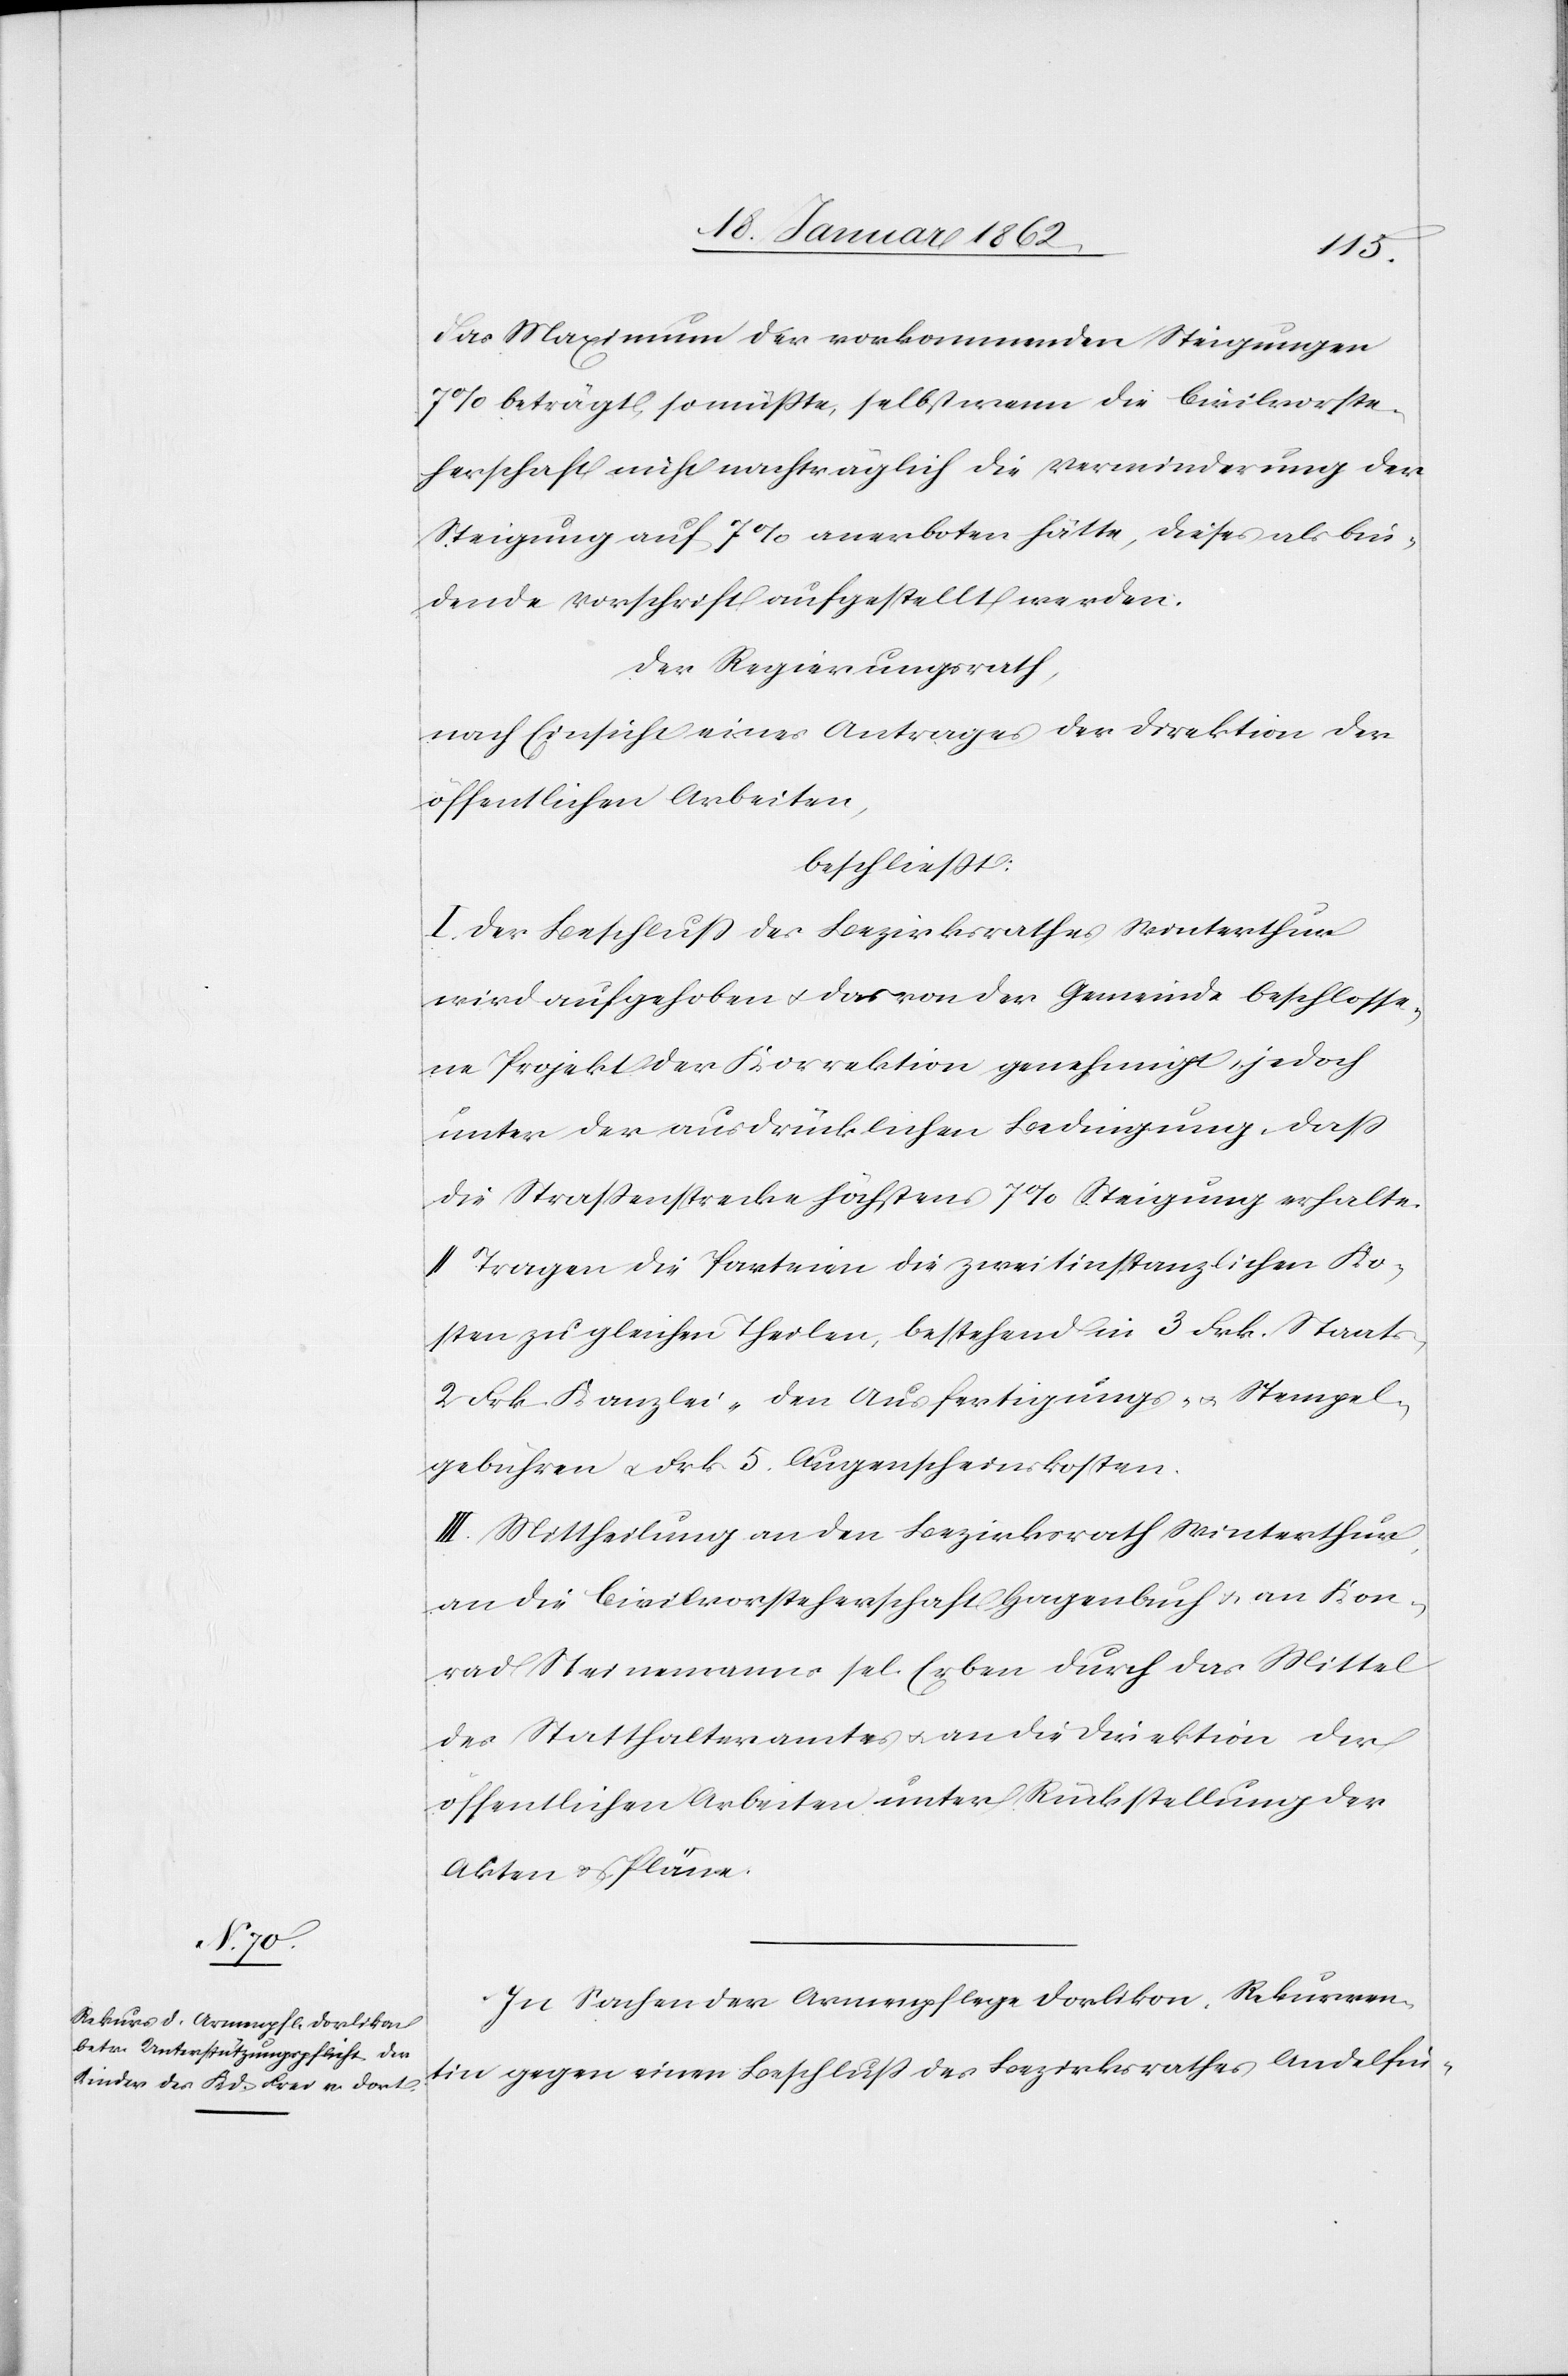
das Maximum der vorkommenden Steigungen
7% beträgt, so müßte, selbst wenn die Civilvorste¬
herschaft nicht nachträglich die Verminderung der
Steigung auf 7% anerboten hätte, diese als bin¬
dende Vorschrift aufgestellt werden.
Der Regierungsrath,
nach Einsicht eines Antrages der Direktion der
öffentlichen Arbeiten,
beschließt:
I. Der Beschluß des Bezirksrathes Winterthur
wird aufgehoben u. das von der Gemeinde beschlosse¬
ne Projekt der Korrektion genehmigt, jedoch
unter der ausdrücklichen Bedingung, daß
die Straßenstrecke höchstens 7% Steigung erhalte.
II. Tragen die Parteien die zweitinstanzlichen Ko¬
sten zu gleichen Theilen, bestehend in 3 Frk. Staats-
2 Frk. Kanzlei- und den Ausfertigungs- u. Stempel¬
gebühren u. Frk. 5. Augenscheinskosten.
III. Mittheilung an den Bezirksrath Winterthur,
an die Civilvorsteherschaft Hagenbuch u. an Kon¬
rad Steinemanns sel. Erben durch das Mittel
des Statthalteramtes u. an die Direktion der
öffentlichen Arbeiten unter Rückstellung der
Akten u. Pläne.
In Sachen der Armenpflege Dorlikon, Rekurren¬
tin gegen einen Beschluß des Bezirksrathes Andelfin-